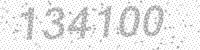
Solution: 134100